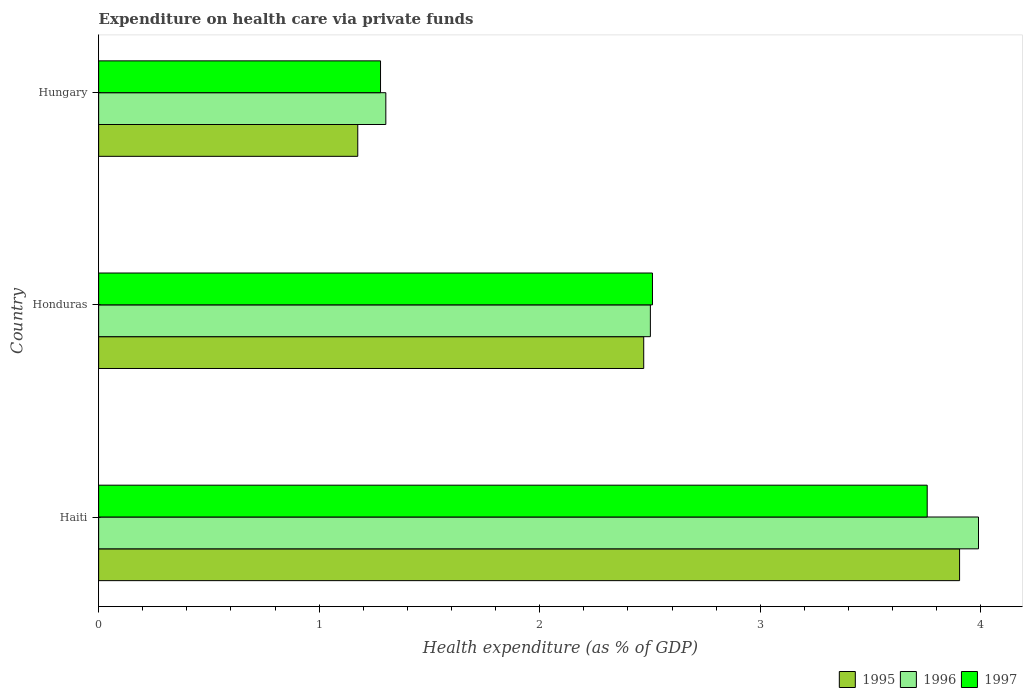
| Country | 1995 | 1996 | 1997 |
 | --- | --- | --- | --- |
 | Haiti | 3.9 | 3.99 | 3.76 |
 | Honduras | 2.47 | 2.5 | 2.51 |
 | Hungary | 1.17 | 1.3 | 1.28 |